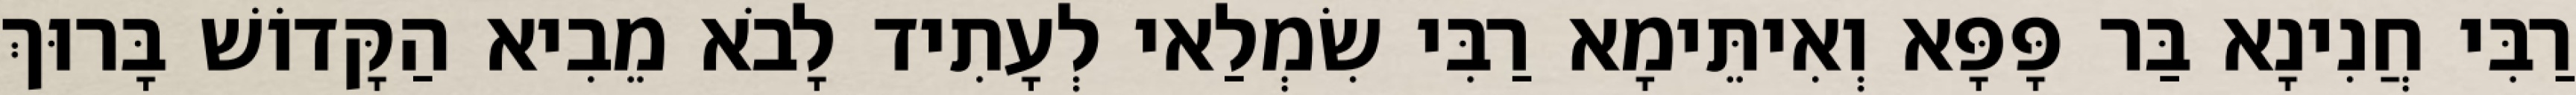
רַבִּי חֲנִינָא בַּר פָּפָּא וְאִיתֵּימָא רַבִּי שִׂמְלַאי לְעָתִיד לָבֹא מֵבִיא הַקָּדוֹשׁ בָּרוּךְ